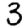
Digit: 3